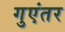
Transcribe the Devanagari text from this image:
गुएंतर